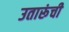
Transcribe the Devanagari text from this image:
उतारूंची